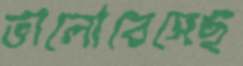
ভালোবেসেছ